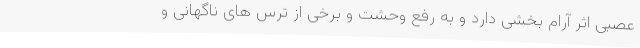
عصبی اثر آرام بخشی دارد و به رفع وحشت و برخی از ترس های ناگهانی و